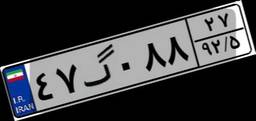
۴۷گ۰۸۸۲۷